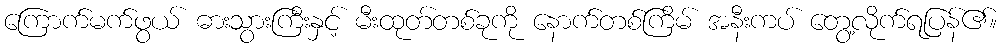
ကြောက်မက်ဖွယ် ဓားသွားကြီးနှင့် မီးထုတ်တစ်ခုကို နောက်တစ်ကြိမ် အနီးကပ် တွေ့လိုက်ရပြန်၏။